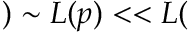
) \sim L ( p ) < < L (